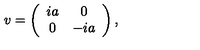
v = \left( \begin{array} { c c } { i a } & { 0 } \\ { 0 } & { - i a } \\ \end{array} \right) ,